Annual report of the Punjab Veterinary College and of the Civil Veterinary Department, Punjab - 1909-1919
Year: 1909
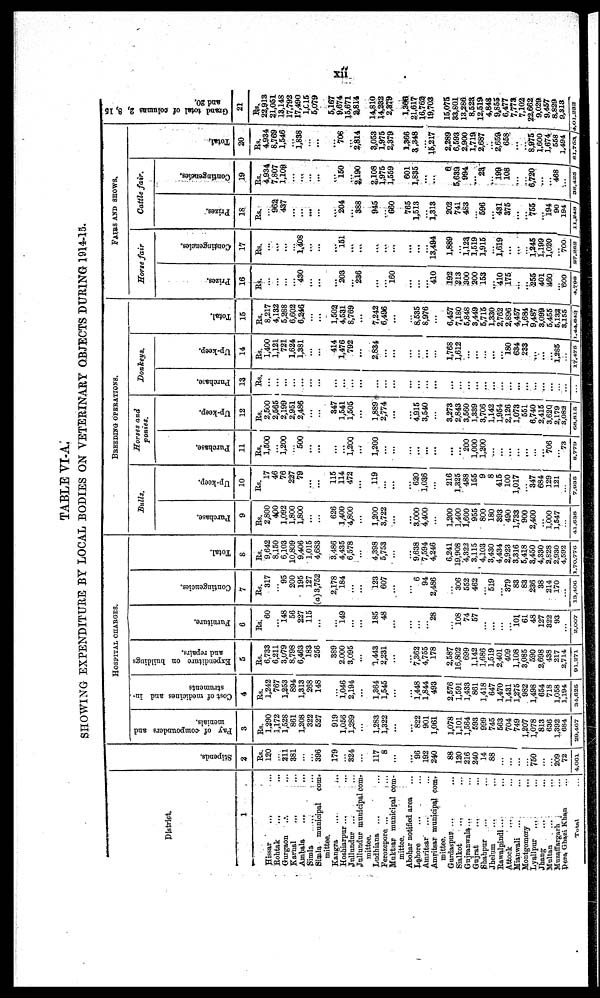
xii
TABLE VI-A.
SHOWING EXPENDITURE BY LOCAL BODIES ON VETERINARY OBJECTS DURING 1914-15.
District.
1
Hissar ... ...
Rohtak ... ...
Gurgaon ... ...
Karnal ... ...
Ambala ... ...
Simla ... ...
Simla municipal
com-
mittee.
Kangra ... ...
Hoshiarpur ... ...
Jullundur ... ...
Jullundur municipal com-
mittee.
Ludhiana ... ...
Forozepore ... ...
Muktear municipal com-
mittee.
Abohar notified area ...
Lahore ... ...
Amritsar ... ...
Amritsar municipal com-
roittec.
Gurdaspur ...
...
Sialkot
...
...
Gujranwala...
...
Gujrat ... ...
Shahpur ... ...
Jhelum ... ...
Rawalpindi ... ...
Attock ... ...
Mianwali ... ...
Montgomory ... ...
Lyallpur ... ...
Jhang ... ...
Multan ... ...
Murzaffargarh ...
Dora Ghazi Khan ...
Total ...
Stipends.
2
Rs.
120
...
211
381
...
...
396
179
...
324
...
117
8
...
...
96
192
240
88
120
216
240
14
88
...
...
...
750
...
...
209
72
4,061
HOSPITAL
CHARGES.
Pay of compounders and
menials.
3
Rs.
1,290
1,172
1,528
861
1,208
322
527
919
1,056
1,289
...
1,283
1,322
...
...
822
901
1,061
1,078
1,101
1,364
593
999
745
563
704
749
1,207
1,078
813
636
1,392
684
29,467
Cost of medicines and in-
struments
4
Rs.
1,242
767
1,253
894
1,313
268
148
...
1,046
2,194
...
1,364
1,545
...
...
1,448
1,844
493
2,576
1,591
1,433
861
1,418
647
1,470
1,431
1,275
982
1,498
654
718
1,058
1,194
31,625
Expenditure on buildings
and repairs.
5
Rs.
6,733
6,211
3,079
8,798
6,463
183
256
389
2,000
3,095
...
1,443
2,231
...
...
7,362
4,755
178
2,587
16,802
699
1,142
1,686
1,519
2,401
409
1,108
3,085
590
2,698
433
217
2,714
91,271
Furniture.
6
Rs.
60
...
148
56
227
115
...
...
149
...
...
185
48
...
...
...
...
28
...
108
74
57
...
...
...
...
101
61
48
127
322
93
...
2,007
Contingencies.
7
Rs.
317
...
95
200
195
127
(a) 3,752
2,178
184
...
...
123
607
...
...
6
94
2,486
...
306
552
462
...
519
...
379
83
83
236
38
214
170
...
13,406
Total.
8
Rs.
9,642
8,150
6,103
10,809
9,406
1,015
4,683
3,486
4,435
6,578
...
4,398
5,753
...
...
9.638
7,594
4,246
6,241
19,908
4,322
3,115
4,103
3,430
4,434
2,923
3,316
5,418
3,450
4,330
2,828
2,930
4,592
1,70,776
BREEDING OPERATIONS.
Bulls.
Purchase.
9
Rs.
2,800
400
1,092
1,800
1,800
...
...
626
1,400
4,800
...
1,200
3,722
...
...
3,000
4,400
...
1,200
1,400
1,600
955
800
180
393
490
1,733
900
2,400
...
1,000
1,547
...
41,638
Up-keep.
10
Rs.
17
46
76
227
79
...
...
115
114
472
...
119
...
...
...
620
1,036
...
216
1,325
488
155
9
8
415
100
1,017
...
347
684
129
121
...
7,935
Horses and
ponies.
Purchase.
11
Rs.
1,500
...
1,200
...
500
...
...
...
...
1,200
...
1,200
...
...
...
...
...
...
...
...
200
1,000
1,200
...
...
...
...
...
...
...
706
...
73
8,779
Up-keep.
12
Rs.
2,500
2,565
2,199
2,951
2,486
...
...
347
1,541
1,505
...
1,889
2,774
...
...
4,915
3,540
...
3,273
2,843
3,560
1,339
3,706
1,142
1,954
2,126
1,073
551
6,740
2,415
3,620
2.179
3,082
68,815
Donkeys.
Purchase
13
Rs.
...
...
...
...
...
...
...
...
...
...
...
...
...
...
...
...
...
...
...
...
...
...
...
...
...
...
...
...
...
...
...
...
...
...
Up-keep.
14
Rs.
1,400
1,121
721
1,624
1,381
...
...
414
1,476
792
...
2,884
...
...
...
...
...
...
1,768
1,612
...
...
...
...
...
180
634
233
...
...
...
1,285
...
17,475
Total.
15
Rs.
8,217
4,132
5,288
6,602
6,246
...
...
1,502
4,531
8,769
...
7,242
6,496
...
...
8,535
8,976
...
6,457
7,180
5,848
3,449
5,715
1,330
2,762
2,896
4,457
1,684
9,487
3,099
5,455
5,132
3,155
1,44,643
FAIRS AND SHOWS.
Horse
fair
Prizes.
16
Rs.
...
...
...
...
430
...
...
...
203
...
236
...
...
160
...
...
...
410
192
213
300
200
153
...
410
175
...
...
255
401
460
...
600
4,708
Contingencies.
17
Rs.
...
...
...
...
1,408
...
...
...
151
...
...
...
...
...
...
...
...
13,494
1,889
...
1,123
1,519
1,915
...
1,619
...
...
...
1,245
1,199
1,020
...
700
27,362
Cattle
fair.
Prizes.
18
Rs.
...
962
437
...
...
...
...
...
204
...
388
945
...
660
765
1,513
...
1,313
202
741
483
...
596
...
431
375
...
...
755
...
194
90
194
11,840
Contingencies.
19
Rs.
4,934
7,807
1,109
...
...
...
...
...
150
...
2,190
2,108
1,975
1,559
601
1,835
...
...
6
5,639
994
...
23
...
199
108
...
...
6,720
...
...
468
...
38,425
Total.
20
Rs.
4,934
8,769
1,546
...
1,838
...
...
...
706
...
2,814
3,053
1,975
2,379
1,366
3,348
...
15,217
2,289
6,593
2,900
1,719
2,687
...
2,659
658
...
...
8,975
1,600
1,674
558
1,494
81,753
Grand total of columns 2, 8,15
and 20.
21
Rs.
22,913
21,051
13,148
17,792
17,490
1,015
5,079
5,167
9,674
15,671
2,814
14,810
14,232
2,879
1,966
21,617
16,762
19,703
15,075
83,601
13,266
8,523
12,519
4,848
9,855
6,477
7,773
7,102
22,662
9,029
9,467
8,829
9,313
4,01,233